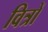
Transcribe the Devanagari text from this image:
वित्रों